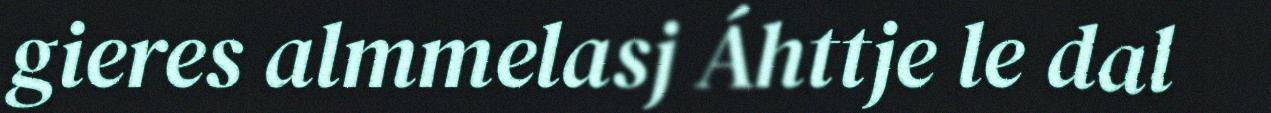
gieres almmelasj Áhttje le dal